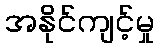
အနိုင်ကျင့်မှု